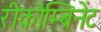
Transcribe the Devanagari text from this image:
रीकोम्बिनेंट